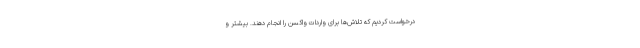
درخواست کردیم که تلاش‌ها برای واردات واکسن را انجام دهند. بیشتر و